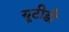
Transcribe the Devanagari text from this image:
यूटीडी